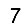
Digit: 7